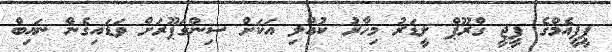
ޕީޕީއެމްގެ ޕީޖީ ގްރޫޕް ލީޑަރު މިހާރު ކުއްލި އަކަށް ސިންގަޕޫރަށް ވަޑައިގެން ނައިބް